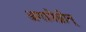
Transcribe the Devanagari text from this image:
अगामेम्नोन्